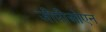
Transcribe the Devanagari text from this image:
जीपीओएन